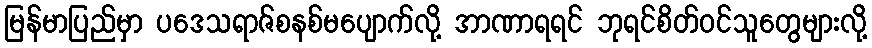
မြန်မာပြည်မှာ ပဒေသရာဇ်စနစ်မပျောက်လို့ အာဏာရရင် ဘုရင်စိတ်ဝင်သူတွေများလို့